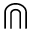
\Cap